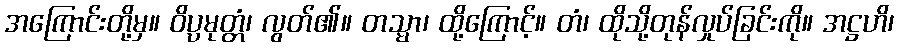
အကြောင်းတို့မှ။ ဝိပ္ပမုတ္တံ၊ လွတ်၏။ တသ္မာ၊ ထို့ကြောင့်။ တံ၊ ထိုသို့တုန်လှုပ်ခြင်းကို။ အဋ္ဌဟိ၊